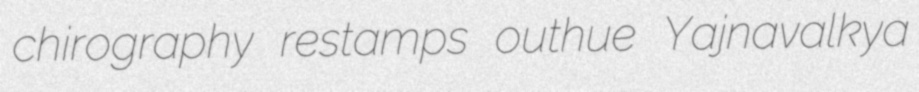
chirography restamps outhue Yajnavalkya